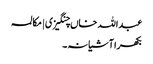
عبداللہ خاں چنگیزی | مکالمہ
بکھرا آشیانہ۔